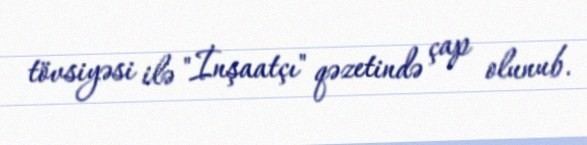
tövsiyəsi ilə "İnşaatçı" qəzetində çap olunub.